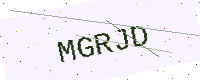
Text: MGRJD